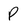
Character: P